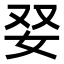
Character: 𡛒